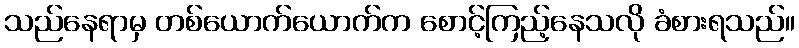
သည်နေရာမှ တစ်ယောက်ယောက်က စောင့်ကြည့်နေသလို ခံစားရသည်။